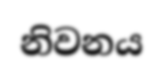
නිවනය